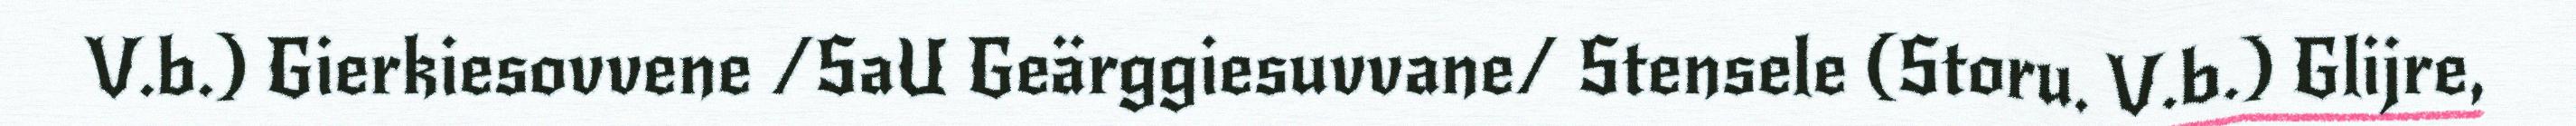
V.b.) Gierkiesovvene /SaU Geärggiesuvvane/ Stensele (Storu. V.b.) Glijre,